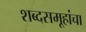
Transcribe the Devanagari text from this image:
शब्दसमूहांचा